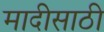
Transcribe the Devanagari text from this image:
मादीसाठी